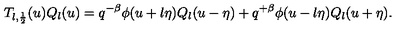
T _ { l , \frac 1 2 } ( u ) Q _ { l } ( u ) = q ^ { - \beta } \phi ( u + l \eta ) Q _ { l } ( u - \eta ) + q ^ { + \beta } \phi ( u - l \eta ) Q _ { l } ( u + \eta ) .